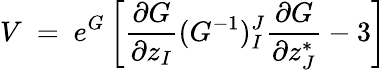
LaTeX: V\ =\ e^{G}\left[{\frac{\partial G}{\partial z_{I}}}(G^{-1})_{I}^{J}{\frac{\partial G}{\partial z_{J}^{*}}}-3\right]